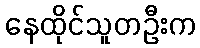
နေထိုင်သူတဦးက